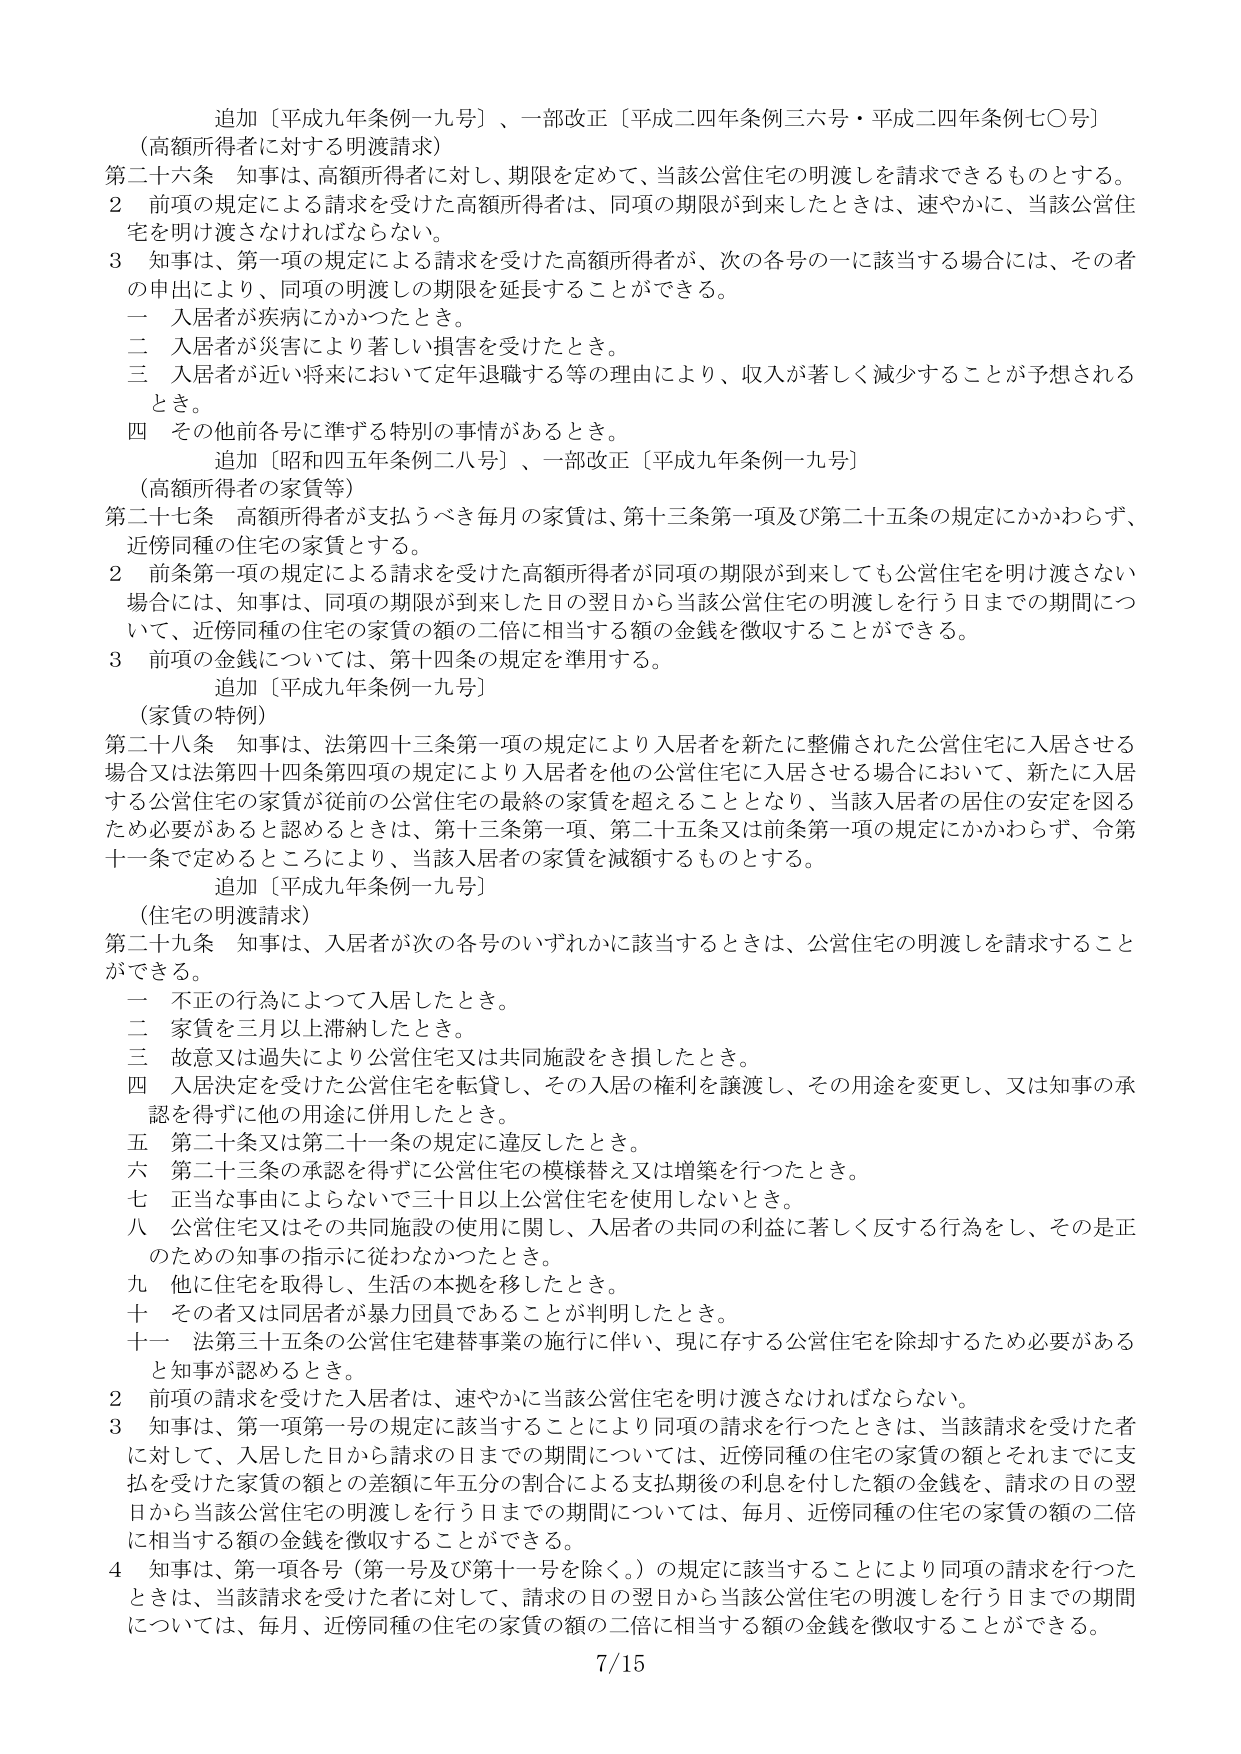
追加〔平成九年条例一九号〕、一部改正〔平成二四年条例三六号・平成二四年条例七〇号〕
（高額所得者に対する明渡請求）
第二十六条 知事は、高額所得者に対し、期限を定めて、当該公営住宅の明渡しを請求できるものとする。
２ 前項の規定による請求を受けた高額所得者は、同項の期限が到来したときは、速やかに、当該公営住宅を明け渡さなければならない。
３ 知事は、第一項の規定による請求を受けた高額所得者が、次の各号の一に該当する場合には、その者の申出により、同項の明渡しの期限を延長することができる。
　一 入居者が疾病にかかったとき。
　二 入居者が災害により著しい損害を受けたとき。
　三 入居者が近い将来において定年退職する等の理由により、収入が著しく減少することが予想されるとき。
　四 その他前各号に準ずる特別の事情があるとき。
追加〔昭和四五年条例二八号〕、一部改正〔平成九年条例一九号〕
（高額所得者の家賃等）
第二十七条 高額所得者が支払うべき毎月の家賃は、第十三条第一項及び第二十五条の規定にかかわらず、近傍同種の住宅の家賃とする。
２ 前条第一項の規定による請求を受けた高額所得者が同項の期限が到来しても公営住宅を明け渡さない場合には、知事は、同項の期限が到来した日の翌日から当該公営住宅の明渡しを行う日までの期間について、近傍同種の住宅の家賃の額の二倍に相当する額の金銭を徴収することができる。
３ 前項の金銭については、第十四条の規定を準用する。
追加〔平成九年条例一九号〕
（家賃の特例）
第二十八条 知事は、法第四十三条第一項の規定により入居者を新たに整備された公営住宅に入居させる場合又は法第四十四条第四項の規定により入居者を他の公営住宅に入居させる場合において、新たに入居する公営住宅の家賃が従前の公営住宅の最終の家賃を超えることとなり、当該入居者の居住の安定を図るため必要があると認めるときは、第十三条第一項、第二十五条又は前条第一項の規定にかかわらず、令第十一条で定めるところにより、当該入居者の家賃を減額するものとする。
追加〔平成九年条例一九号〕
（住宅の明渡請求）
第二十九条 知事は、入居者が次の各号のいずれかに該当するときは、公営住宅の明渡しを請求することができる。
　一 不正の行為によって入居したとき。
　二 家賃を三月以上滞納したとき。
　三 故意又は過失により公営住宅又は共同施設をき損したとき。
　四 入居決定を受けた公営住宅を転貸し、その入居の権利を譲渡し、その用途を変更し、又は知事の承認を得ずに他の用途に併用したとき。
　五 第二十条又は第二十一条の規定に違反したとき。
　六 第二十三条の承認を得ずに公営住宅の模様替え又は増築を行ったとき。
　七 正当な事由によらないで三十日以上公営住宅を使用しないとき。
　八 公営住宅又はその共同施設の使用に関し、入居者の共同の利益に著しく反する行為をし、その是正のための知事の指示に従わなかったとき。
　九 他に住宅を取得し、生活の本拠を移したとき。
　十 その者又は同居者が暴力団員であることが判明したとき。
　十一 法第三十五条の公営住宅建替事業の施行に伴い、現に存する公営住宅を除却するため必要があると知事が認めるとき。
２ 前項の請求を受けた入居者は、速やかに当該公営住宅を明け渡さなければならない。
３ 知事は、第一項第一号の規定に該当することにより同項の請求を行ったときは、当該請求を受けた者に対して、入居した日から請求の日までの期間については、近傍同種の住宅の家賃の額とそれまでに支払を受けた家賃の額との差額に年五分の割合による支払期後の利息を付した額の金銭を、請求の日の翌日から当該公営住宅の明渡しを行う日までの期間については、毎月、近傍同種の住宅の家賃の額の二倍に相当する額の金銭を徴収することができる。
４ 知事は、第一項各号（第一号及び第十一号を除く。）の規定に該当することにより同項の請求を行ったときは、当該請求を受けた者に対して、請求の日の翌日から当該公営住宅の明渡しを行う日までの期間については、毎月、近傍同種の住宅の家賃の額の二倍に相当する額の金銭を徴収することができる。
7/15